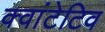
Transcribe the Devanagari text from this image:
क्वांटेटिव